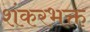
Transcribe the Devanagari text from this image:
शंकरभक्त